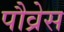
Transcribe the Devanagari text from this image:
पौव्रेस